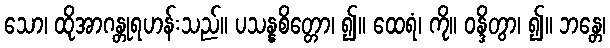
သော၊ ထိုအာဂန္တုရဟန်းသည်။ ပသန္နစိတ္တော၊ ၍။ ထေရံ၊ ကို။ ဝန္ဒိတွာ၊ ၍။ ဘန္တေ၊